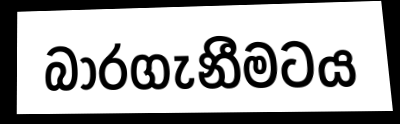
බාරගැනීමටය